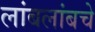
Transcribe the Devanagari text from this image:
लांबलांबचे